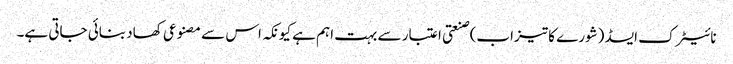
نائیٹرک ایسڈ (شورے کا تیزاب) صنعتی اعتبار سے بہت اہم ہے کیونکہ اس سے مصنوعی کھاد بنائی جاتی ہے۔